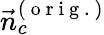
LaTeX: \vec{n}_{c}^{(\mathrm{~o~r~i~g~.~})}